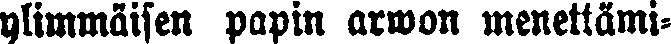
ylimmäisen papin arwon menettämi-